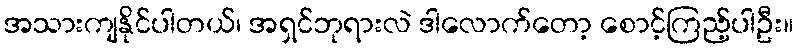
အသားကျနိုင်ပါတယ်၊ အရှင်ဘုရားလဲ ဒါလောက်တော့ စောင့်ကြည့်ပါဦး။